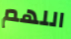
اللهم